Vaccination in Bombay 1856-1862 - 1856-1862
Year: 1856
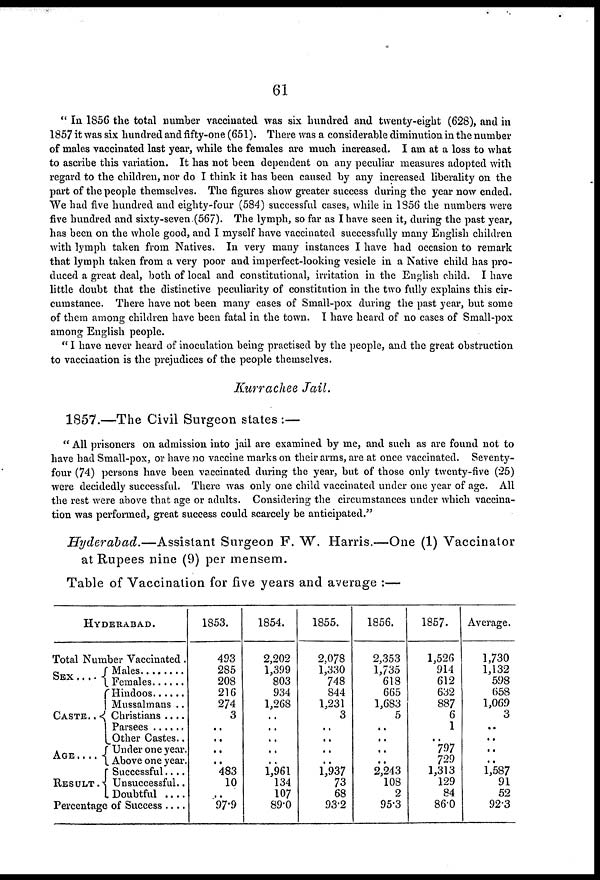
61
" In 1856 the total number vaccinated was six hundred and twenty-eight (628), and in
1857 it was six hundred and fifty-one (651). There was a considerable diminution in the number
of males vaccinated last year, while the females are much increased. I am at a loss to what
to ascribe this variation. It has not been dependent on any peculiar measures adopted with
regard to the children, nor do I think it has been caused by any increased liberality on the
part of the people themselves. The figures show greater success during the year now ended.
We had five hundred and eighty-four (584) successful cases, while in 1856 the numbers were
five hundred and sixty-seven.(567). The lymph, so far as I have seen it, during the past year,
has been on the whole good, and I myself have vaccinated successfully many English children
with lymph taken from Natives. In very many instances I have had occasion to remark
that lymph taken from a very poor and imperfect-looking vesicle in a Native child has pro-
duced a great deal, both of local and constitutional, irritation in the English child. I have
little doubt that the distinctive peculiarity of constitution in the two fully explains this cir-
cumstance. There have not been many cases of Small-pox during the past year, but some
of them among children have been fatal in the town. I have heard of no cases of Small-pox
among English people.
" I have never heard of inoculation being practised by the people, and the great obstruction
to vaccination is the prejudices of the people themselves.
Kurrachee Jail.
1857.—The Civil Surgeon states:—
" All prisoners on admission into jail are examined by me, and such as are found not to
have had Small-pox, or have no vaccine marks on their arms, are at once vaccinated. Seventy-
four (74) persons have been vaccinated during the year, but of those only twenty-five (25)
were decidedly successful. There was only one child vaccinated under one year of age. All
the rest were above that age or adults. Considering the circumstances under which vaccina-
tion was performed, great success could scarcely be anticipated."
Hyderabad.—Assistant Surgeon F. W. Harris.—One (1) Vaccinator
at Rupees nine (9) per mensem.
Table of Vaccination for five years and average :—
HYDERABAD.
Total Number Vaccinated.
SEX . . .
CASTE . . .
AGE . . . .
RESULT .
Males . . . .
Females . . . .
Hindoos . . . .
Mussalmans . .
Christians . . .
Parsees . . . .
Other Castes..
Under one year.
Above one year.
Successful . . .
Unsuccessful..
Doubtful . . .
Percentage of Success . . .
1853.
493
285
208
216
274
3
..
..
..
..
483
10
..
97.9
1854.
2,202
1,399
803
934
1,268
..
..
..
..
..
1,961
134
107
89.0
1855.
2,078
1,330
748
844
1,231
3
..
..
..
..
1,937
73
68
93.2
1856.
2,353
1,735
618
665
1,683
5
..
..
..
..
2,243
108
2
95.3
1857.
1,526
914
612
632
887
6
1
..
797
729
1,313
129
84
86.0
Average.
1,730
1,132
598
658
1,069
3
..
..
..
..
1,587
91
52
92.3